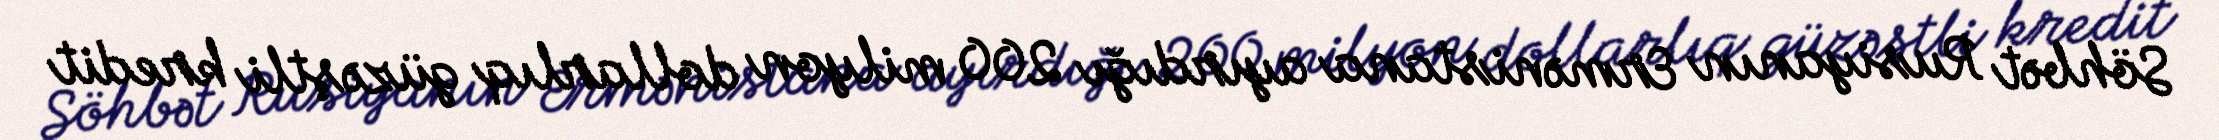
Söhbət Rusiyanın Ermənistana ayırdığı 200 milyon dollarlıq güzəştli kredit